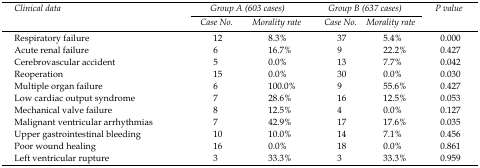
| <ROWSPAN=2> Clinical data | <COLSPAN=2> Group A (603 cases) | <COLSPAN=2> Group B (637 cases) | <ROWSPAN=2> P value |
 | Case No. | Morality rate | Case No. | Morality rate |
 | --- | --- | --- | --- | --- | --- |
 | Respiratory failure | 12 | 8.3% | 37 | 5.4% | 0.000 |
 | Acute renal failure | 6 | 16.7% | 9 | 22.2% | 0.427 |
 | Cerebrovascular accident | 5 | 0.0% | 13 | 7.7% | 0.042 |
 | Reoperation | 15 | 0.0% | 30 | 0.0% | 0.030 |
 | Multiple organ failure | 6 | 100.0% | 9 | 55.6% | 0.427 |
 | Low cardiac output syndrome | 7 | 28.6% | 16 | 12.5% | 0.053 |
 | Mechanical valve failure | 8 | 12.5% | 4 | 0.0% | 0.127 |
 | Malignant ventricular arrhythmias | 7 | 42.9% | 17 | 17.6% | 0.035 |
 | Upper gastrointestinal bleeding | 10 | 10.0% | 14 | 7.1% | 0.456 |
 | Poor wound healing | 16 | 0.0% | 18 | 0.0% | 0.861 |
 | Left ventricular rupture | 3 | 33.3% | 3 | 33.3% | 0.959 |